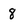
Character: 8